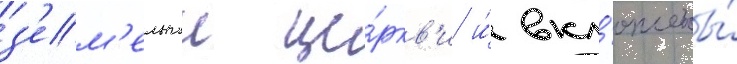
з'ем'ельнои це́ркв'и и́ вкл'ючены́